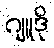
ဂျူဒို